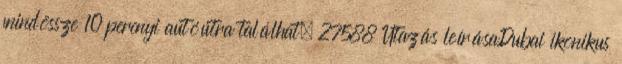
mindössze 10 percnyi autóútra találhat. 27588 Utazás leírásaDubai ikonikus